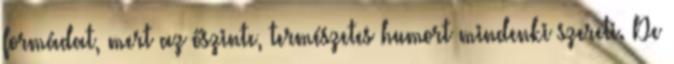
formádat, mert az őszinte, természetes humort mindenki szereti. De